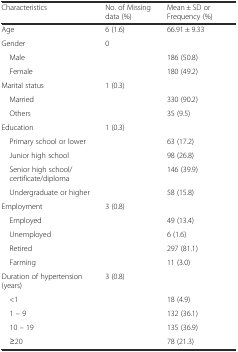
<table><thead><tr><td><b>Characteristics</b></td><td><b>No. of Missing data (%)</b></td><td><b>Mean ± SD or Frequency (%)</b></td></tr></thead><tbody><tr><td>Age</td><td>6 (1.6)</td><td>66.91 ± 9.33</td></tr><tr><td>Gender</td><td>0</td><td></td></tr><tr><td> Male</td><td></td><td>186 (50.8)</td></tr><tr><td> Female</td><td></td><td>180 (49.2)</td></tr><tr><td>Marital status</td><td>1 (0.3)</td><td></td></tr><tr><td> Married</td><td></td><td>330 (90.2)</td></tr><tr><td> Others</td><td></td><td>35 (9.5)</td></tr><tr><td>Education</td><td>1 (0.3)</td><td></td></tr><tr><td> Primary school or lower</td><td></td><td>63 (17.2)</td></tr><tr><td> Junior high school</td><td></td><td>98 (26.8)</td></tr><tr><td> Senior high school/certificate/diploma</td><td></td><td>146 (39.9)</td></tr><tr><td> Undergraduate or higher</td><td></td><td>58 (15.8)</td></tr><tr><td>Employment</td><td>3 (0.8)</td><td></td></tr><tr><td> Employed</td><td></td><td>49 (13.4)</td></tr><tr><td> Unemployed</td><td></td><td>6 (1.6)</td></tr><tr><td> Retired</td><td></td><td>297 (81.1)</td></tr><tr><td> Farming</td><td></td><td>11 (3.0)</td></tr><tr><td>Duration of hypertension (years)</td><td>3 (0.8)</td><td></td></tr><tr><td> &lt;1</td><td></td><td>18 (4.9)</td></tr><tr><td> 1 – 9</td><td></td><td>132 (36.1)</td></tr><tr><td> 10 – 19</td><td></td><td>135 (36.9)</td></tr><tr><td> ≥20</td><td></td><td>78 (21.3)</td></tr></tbody></table>